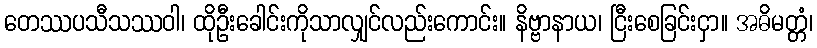
တေဿပသီသဿဝါ၊ ထိုဦးခေါင်းကိုသာလျှင်လည်းကောင်း။ နိဗ္ဗာနာယ၊ ငြီးစေခြင်းငှာ။ အဓိမတ္တံ၊